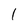
Character: 1